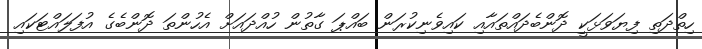
ހިތްދަތި ފިޔަވަޅަކީ ދޮންބެދައްތައާއި ކައިވެނިކުރަން ބައްޕަ ގާތުން ހުއްދައަށް އެހުންތަ ދޮންބެގެ އުފަލައްޓަކައި